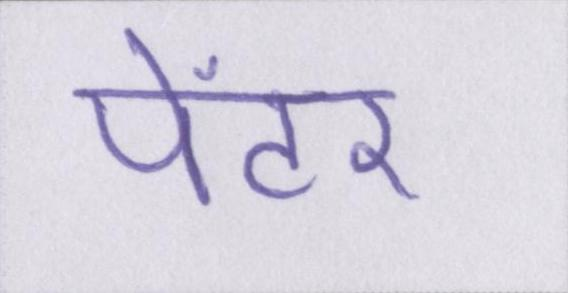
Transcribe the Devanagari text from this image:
पेंटर